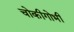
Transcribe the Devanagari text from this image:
चोकीगोभी